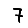
Digit: 7